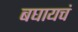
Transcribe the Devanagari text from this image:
बघायचं